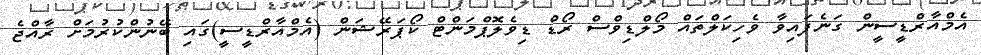
އެމްއާރްޑީސީން ގަނެފައިވާ ވެހިކަލްތައް މޯލްޑިވްސް ރޯޑް ޑިވެލޮޕްމަންޓް ކޯޕަރޭޝަން (އެމްއާރްޑީސީ)ގައި ބޭނުންކުރުމަށް ރާއްޖެ